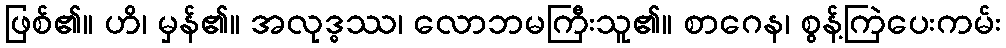
ဖြစ်၏။ ဟိ၊ မှန်၏။ အလုဒ္ဓဿ၊ လောဘမကြီးသူ၏။ စာဂေန၊ စွန့်ကြဲပေးကမ်း